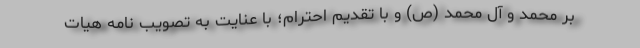
بر محمد و آل محمد (ص) و با تقدیم احترام؛ با عنایت به تصویب نامه هیات